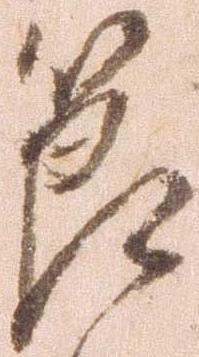
節